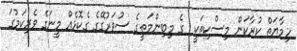
ހިމާޔަތް ކުރާކަން މިސްކިތަކީ  ގެ މިބިންމަތީގެ ސުވަރުގޭގެ ގެކޮޅެއް މީނަގެ ވެރިކަމުގަ